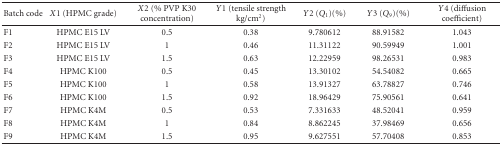
<table><thead><tr><td><b>Batch code</b></td><td><b><i>X</i>1 (HPMC grade)</b></td><td><b><i>X</i>2 (% PVP K30 concentration)</b></td><td><b><i>Y</i>1 (tensile strength kg/cm<sup>2</sup>)</b></td><td><b><i>Y</i>2 (<i>Q</i><sub>1</sub>)(%)</b></td><td><b><i>Y</i>3 (<i>Q</i><sub>9</sub>)(%)</b></td><td><b><i>Y</i>4 (diffusion coefficient)</b></td></tr></thead><tbody><tr><td>F1</td><td>HPMC E15 LV</td><td>0.5</td><td>0.38</td><td>9.780612</td><td>88.91582</td><td>1.043</td></tr><tr><td>F2</td><td>HPMC E15 LV</td><td>1</td><td>0.46</td><td>11.31122</td><td>90.59949</td><td>1.001</td></tr><tr><td>F3</td><td>HPMC E15 LV</td><td>1.5</td><td>0.63</td><td>12.22959</td><td>98.26531</td><td>0.983</td></tr><tr><td>F4</td><td>HPMC K100</td><td>0.5</td><td>0.45</td><td>13.30102</td><td>54.54082</td><td>0.665</td></tr><tr><td>F5</td><td>HPMC K100</td><td>1</td><td>0.58</td><td>13.91327</td><td>63.78827</td><td>0.746</td></tr><tr><td>F6</td><td>HPMC K100</td><td>1.5</td><td>0.92</td><td>18.96429</td><td>75.90561</td><td>0.641</td></tr><tr><td>F7</td><td>HPMC K4M</td><td>0.5</td><td>0.53</td><td>7.331633</td><td>48.52041</td><td>0.959</td></tr><tr><td>F8</td><td>HPMC K4M</td><td>1</td><td>0.84</td><td>8.862245</td><td>37.98469</td><td>0.656</td></tr><tr><td>F9</td><td>HPMC K4M</td><td>1.5</td><td>0.95</td><td>9.627551</td><td>57.70408</td><td>0.853</td></tr></tbody></table>